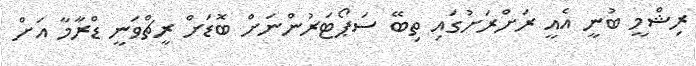
ރިޝްމީ ބުނީ އެއީ ރަށްރަށުގައި ތިބޭ ސަޕޯޓަރުންނަށް ބޮޑަށް ރީޗްވަނީ ޑްރާމާ އަށް